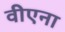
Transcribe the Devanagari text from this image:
वीएना